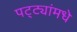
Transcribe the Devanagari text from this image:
पट्ट्यांमधे